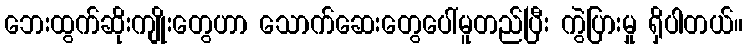
ဘေးထွက်ဆိုးကျိုးတွေဟာ သောက်ဆေးတွေပေါ်မူတည်ပြီး ကွဲပြားမှု ရှိပါတယ်။